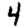
Digit: 4